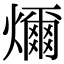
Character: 𤐨